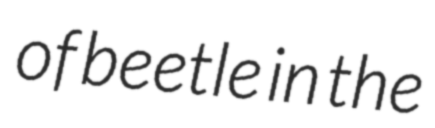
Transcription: of beetle in the